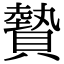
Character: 䞇